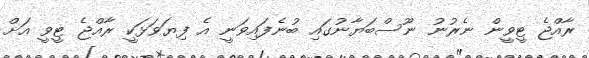
ރާއްޖެ ޓީވީން ނެރުނު ނޫސްބަޔާނުގައި ބުނެފައިވަނީ އެ ފިޔަވަޅަކީ ރާއްޖެ ޓީވީ އަށް